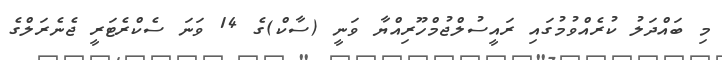
މި ބައްދަލު ކުރެއްވުމުގައި ރައީސުލްޖުމްހޫރިއްޔާ ވަނީ (ސާކް)ގެ 14 ވަނަ ސެކްރެޓަރީ ޖެނެރަލްގެ